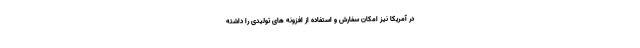
در آمریکا نیز امکان سفارش و استفاده از افزونه های تولیدی را داشته